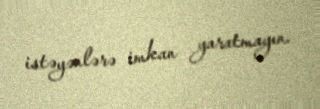
istəyənlərə imkan yaratmayın.